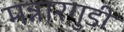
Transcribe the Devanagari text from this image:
मन्नारगुडी